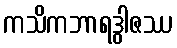
ကသိကဘာရဒွါဇဿ